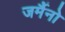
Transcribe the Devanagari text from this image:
जर्मैनो